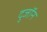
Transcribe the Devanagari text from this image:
दुजॉन